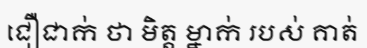
ជឿជាក់ ថា មិត្ត ម្នាក់ របស់ គាត់